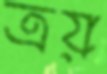
ত্রয়